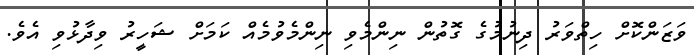
ވަޒަންކޮށް ހިތްވަރު ދިނުމުގެ ގޮތުން ނިންމެވި ނިންމެވުމެއް ކަމަށް ޝަހީރު ވިދާޅުވި އެވެ.